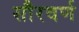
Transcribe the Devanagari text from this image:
सौरवर्ण